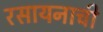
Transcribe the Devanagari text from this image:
रसायनाची